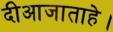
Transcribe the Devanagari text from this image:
दीआजाताहे।